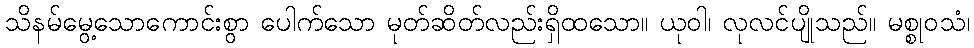
သိနမ်မွေ့သောကောင်းစွာ ပေါက်သော မုတ်ဆိတ်လည်းရှိထသော။ ယုဝါ၊ လုလင်ပျိုသည်။ မစ္စုဝသံ၊